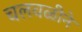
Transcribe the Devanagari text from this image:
चलवळीने